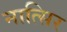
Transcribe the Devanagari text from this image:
नात्सिर